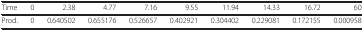
| <COLSPAN=10>  |
 | --- | --- | --- | --- | --- | --- | --- | --- | --- | --- |
 | Time | 0 | 2.38 | 4.77 | 7.16 | 9.55 | 11.94 | 14.33 | 16.72 | 60 |
 | Prod. | 0 | 0.640502 | 0.655176 | 0.526657 | 0.402921 | 0.304402 | 0.229081 | 0.172155 | 0.000958 |